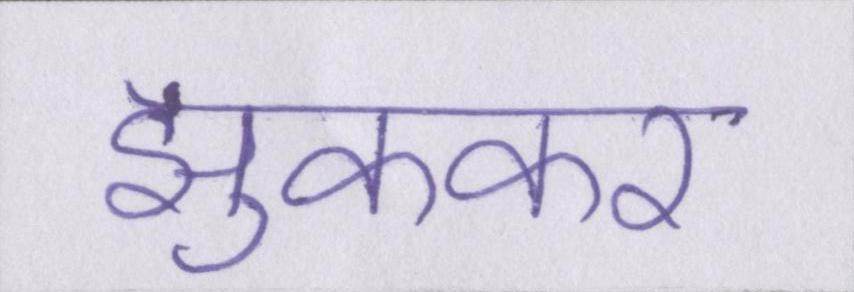
झुककर